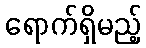
ရောက်ရှိမည့်